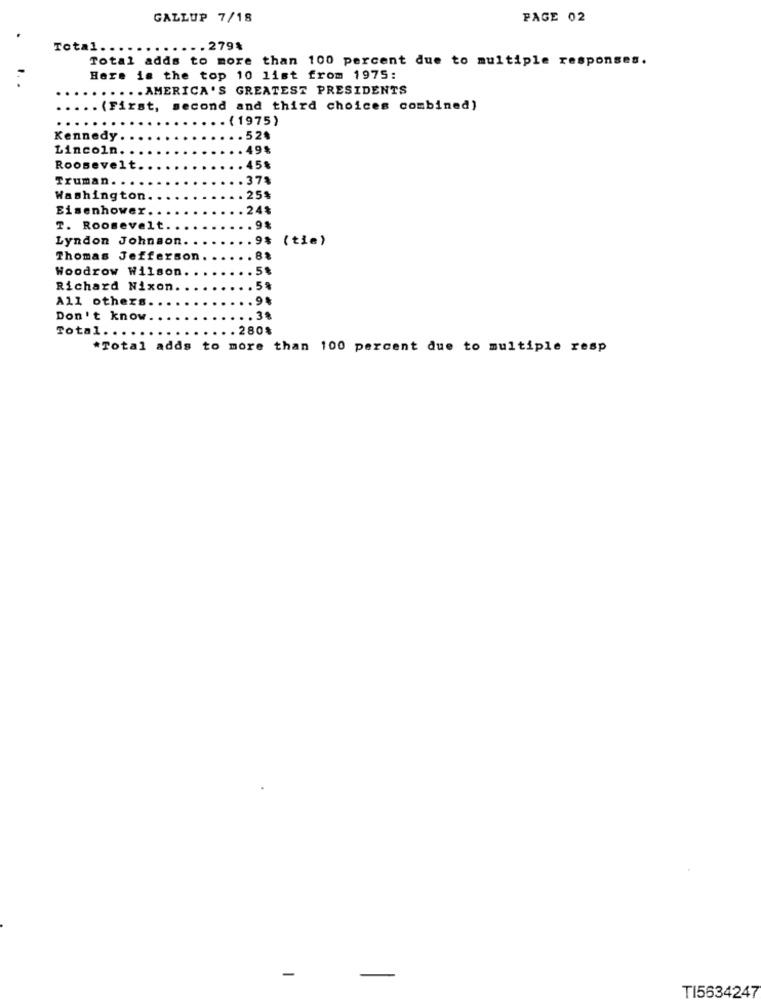
GALLUP 7/18
PAGE 02
Total ..
.. 279%
Total adds to more than 100 percent due to multiple responses.
Here is the top 10 list from 1975:
..... AMERICA 'S GREATEST PRESIDENTS
. (First, second and third choices combined)
. ( 1975)
Kennedy.
.52$
Lincoln.
. 49%
Roosevelt
. 45%
Truman. .
.. 37%
Washington
.25%
Eisenhower.
.24%
T. Roosevelt ..
.9%
Lyndon Johnson.
.. 9%
( tie)
Thomas Jefferson.
... 8%
Woodrow Wilson.
. 5%
Richard Nixon.
... 5%
All others.
.... 9%
Don't know.
.. 3%
Total ......
... 280%
*Total adds to more than 100 percent due to multiple resp
-
TI5634247